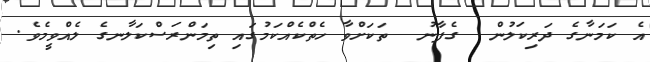
އެ ކަމަނާގެ ދަރިކަލުން  ގެފާނު  ތަކަށްވާ ހެތްކެއްކަމުގައި ތިމަންރަސްކަލާނގެ ލެއްވީމެވެ.